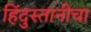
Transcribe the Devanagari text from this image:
हिंदुस्तानीचा